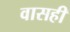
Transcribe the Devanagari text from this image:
वासही